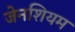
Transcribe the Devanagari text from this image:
जेनशियम